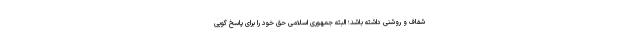
شفاف و روشنی داشته باشد؛ البته جمهوری اسلامی حق خود را برای پاسخ گویی